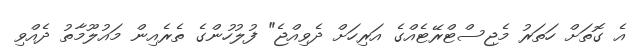
އެ ގޮތަށް ހަތަރު މެޖިސްޓްރޭޓެއްގެ އަރިހަށް ދެވިއްޖެ" ފުލުހުންގެ ތެރެއިން މައުލޫމާތު ދެއްވި